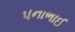
પનાભાઈ